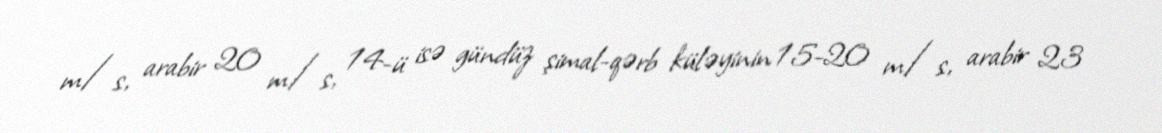
m/s, arabir 20 m/s, 14-ü isə gündüz şimal-qərb küləyinin 15-20 m/s, arabir 23